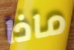
ماذا